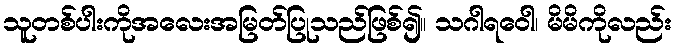
သူတစ်ပါးကိုအလေးအမြတ်ပြုသည်ဖြစ်၍။ သဂါရဝေါ၊ မိမိကိုလည်း